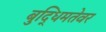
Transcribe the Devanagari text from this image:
बुद्धिमतेवर